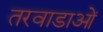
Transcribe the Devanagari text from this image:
तरवाडाओं